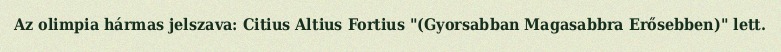
Az olimpia hármas jelszava: Citius Altius Fortius "(Gyorsabban Magasabbra Erősebben)" lett.